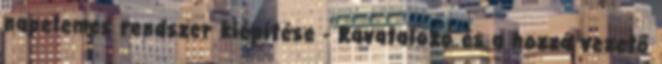
napelemes rendszer kiépítése - Ravatalozó és a hozzá vezető